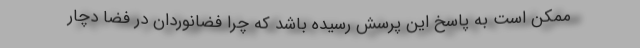
ممکن است به پاسخ این پرسش رسیده باشد که چرا فضانوردان در فضا دچار